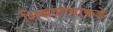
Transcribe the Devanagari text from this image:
शिकवण्याकडे